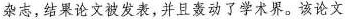
杂志，结果论文被发表，并且轰动了学术界。该论文